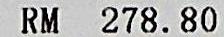
RM 278.80